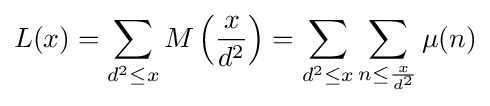
L(x)=\sum _{d^{2}\leq x}M\left({\frac {x}{d^{2}}}\right)=\sum _{d^{2}\leq x}\sum _{n\leq {\frac {x}{d^{2}}}}\mu (n)